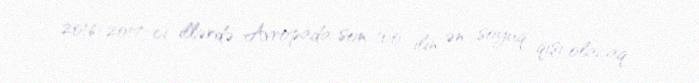
2016-2017-ci illərdə Avropada son 100 ilin ən soyuq qışı olacaq.